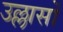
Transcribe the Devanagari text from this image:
उल्लासों